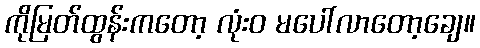
ကိုမြတ်ထွန်းကတော့ လုံးဝ မပေါ်လာတော့ချေ။